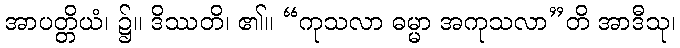
အာပတ္တိယံ၊ ၌။ ဒိဿတိ၊ ၏။ “ကုသလာ ဓမ္မာ အကုသလာ”တိ အာဒီသု၊